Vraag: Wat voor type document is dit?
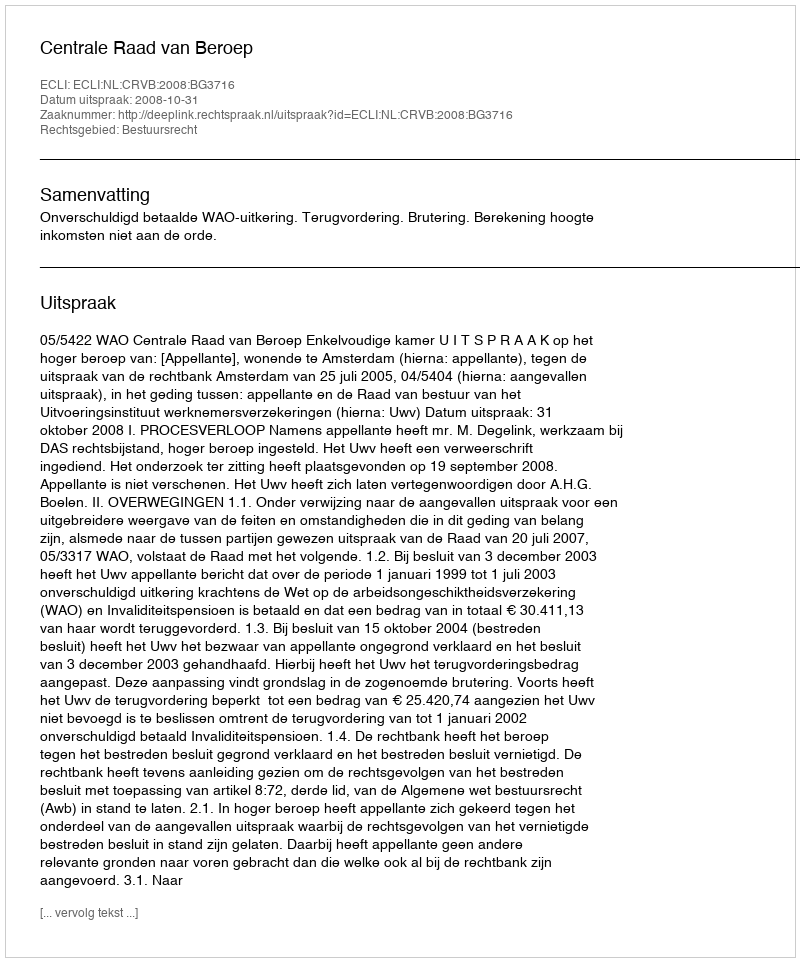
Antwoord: Uitspraak